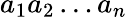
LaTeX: a_{1}a_{2}\dots a_{n}